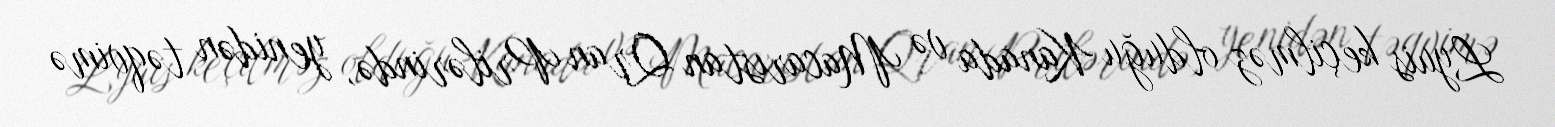
Lyuis keçilməz olduğu Kanada və Macarıstan Qran Prilərində, yenidən təqvimə